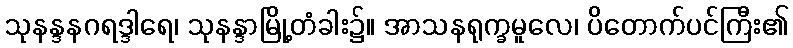
သုနန္ဒနဂရဒ္ဒါရေ၊ သုနန္ဒာမြို့တံခါး၌။ အာသနရုက္ခမူလေ၊ ပိတောက်ပင်ကြီး၏